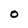
Character: o